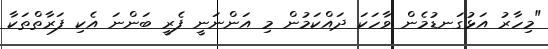
"މިހާރު އަޅުގަނޑުމެން ވާހަކަ ދައްކަމުން މި އަންނަނީ ފެރީ ބަންނަ އެކި ފަރާތްތަކާ